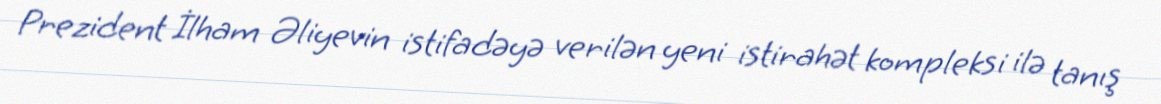
Prezident İlham Əliyevin istifadəyə verilən yeni istirahət kompleksi ilə tanış